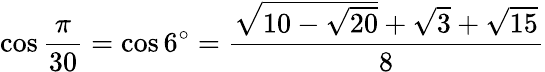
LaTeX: \cos{\frac{\pi}{30}}=\cos 6^{\circ}={\frac{{\sqrt{10-{\sqrt{20}}}}+{\sqrt{3}}+{\sqrt{15}}}{8}}